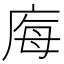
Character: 𭙝